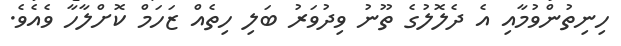
ހިނިތުންވުމާއި އެ ދެލޮލުގެ ތޫނު ވިދުވަރު ބަލި ހިތެއް ޒަހަމް ކޮށްލާހާ ވެއެވެ.